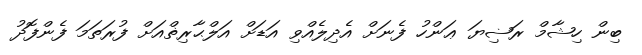
ބިން ހިޝާމް ރަޟިޔަ ޢަންހު ފެނަށް އެދިލެއްވި އަޑަށް އަލްޙާރިޡްއަށް ފުރަތަމަ ފެންފޮދު